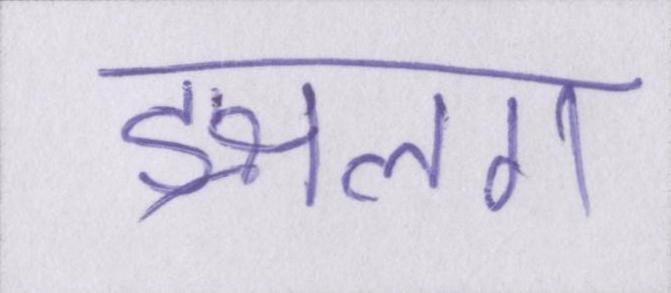
ङ्क्षलग